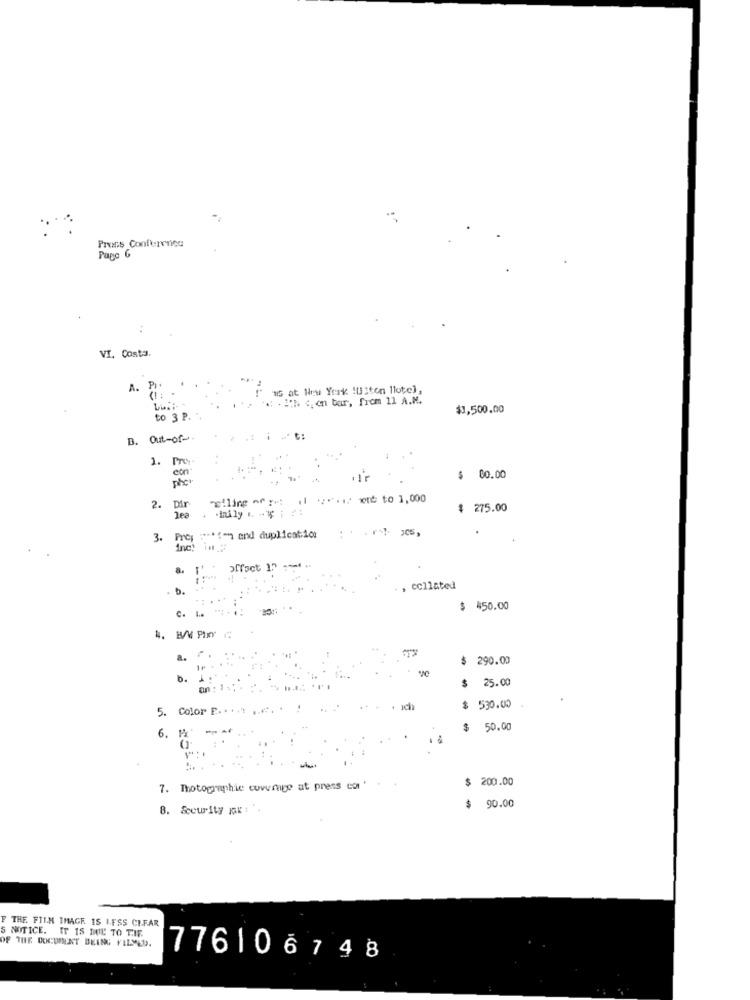
Press Conference
Page 6
VI. Costa.
"15 at New York !Uzten llote),
.: - Ich , on bar, frem 11 A.M.
$1,500.00
to 3 P.
B. Out-of-
1. Pro-
phe
$ 00.00
"2"ling or ::
Dar
hly 1 -4 ;
$ 275.00
Jea
Proj :+m and duplication
Inc !
, collated
c. ... ":
$ 450.00
a.
$ 290.00
b.
$
25.00
5. Color [. . . .. .. . . !
ich
$ 530.00
$
50.00
6. 1
$ 200.00
7. Photographie coverage at press con '
$
8. Security max :
90.00
F THE FILM IMAGE IS LESS CEFAR
S NOTICE. IT IS DUE TO TIF.
OF THE DOKUMENT BEING FILMED.
776106748